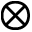
\otimes